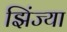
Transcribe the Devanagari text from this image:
झिंज्या